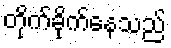
တိုက်ခိုက်နေသည်